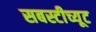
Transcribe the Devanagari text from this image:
सबस्टीच्यूट